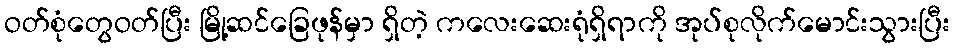
ဝတ်စုံတွေဝတ်ပြီး မြို့ဆင်ခြေဖုန်မှာ ရှိတဲ့ ကလေးဆေးရုံရှိရာကို အုပ်စုလိုက်မောင်းသွားပြီး